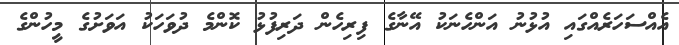
އެއްސަހަރެއްގައި އުޅުނު އަންހެނަކު އޭނާގެ ފިރިހެން ދަރިފުޅު ކޮންމެ ދުވަހަކު އަވަށުގެ މީހުންގެ